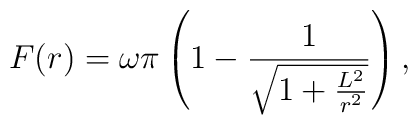
F(r)=\omega\pi\left(  1-\frac{1}{\sqrt{1+\frac{L^{2}}{r^{2}}}}\right)  ,